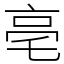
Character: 亳